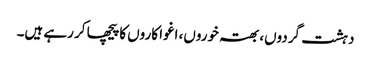
دہشت گردوں، بھتہ خوروں، اغوا کاروں کا پیچھا کر رہے ہیں۔